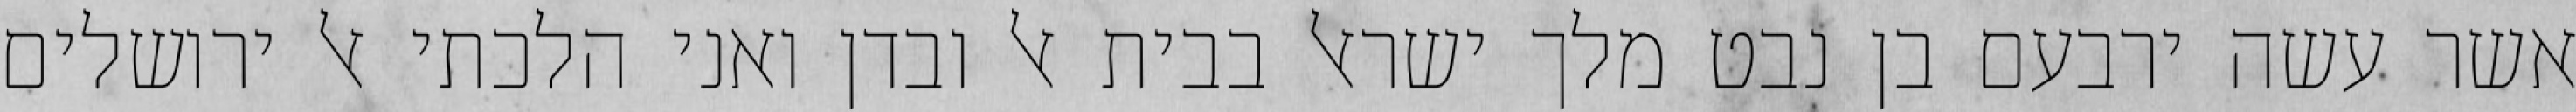
אשר עשה ירבעם בן נבט מלך ישראל בבית אל ובדן ואני הלכתי אל ירושלים